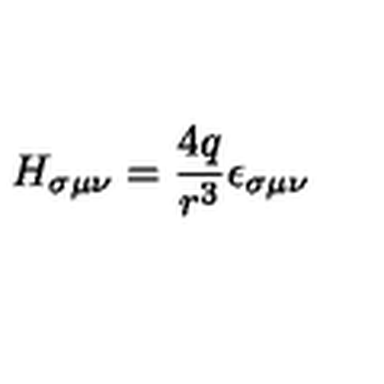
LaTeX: H _ { \sigma \mu \nu } = \frac { 4 q } { r ^ { 3 } } \epsilon _ { \sigma \mu \nu }